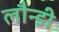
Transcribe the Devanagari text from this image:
लौन्डी